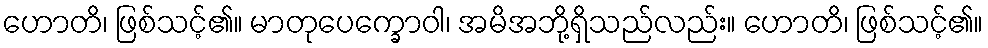
ဟောတိ၊ ဖြစ်သင့်၏။ မာတုပေက္ခောဝါ၊ အမိအဘို့ရှိသည်လည်း။ ဟောတိ၊ ဖြစ်သင့်၏။